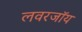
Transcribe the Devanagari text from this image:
लवरजॉय